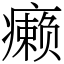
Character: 癞